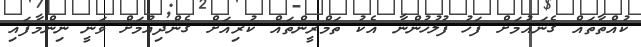
ކުއްތާތައް ގެނައުމަށް ފަހު ފުލުހުންނާ އެކު ތަމްރީންތައް ކުރިއަށް ގެންދިއުމަށް ވަނީ ނިންމާފައި